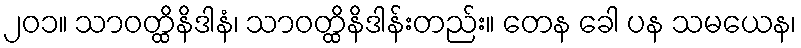
၂၀၁။ သာဝတ္ထိနိဒါနံ၊ သာဝတ္ထိနိဒါန်းတည်း။ တေန ခေါ ပန သမယေန၊